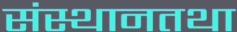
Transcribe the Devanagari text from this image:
संस्थानतथा